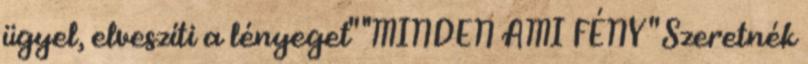
ügyel, elveszíti a lényeget" ''MINDEN AMI FÉNY " Szeretnék